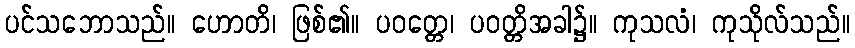
ပင်သဘောသည်။ ဟောတိ၊ ဖြစ်၏။ ပဝတ္တေ၊ ပဝတ္တိအခါ၌။ ကုသလံ၊ ကုသိုလ်သည်။